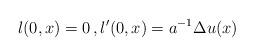
LaTeX: \begin{align*}l(0,x)=0\, ,l'(0,x)=a^{-1}\Delta u(x)\end{align*}